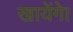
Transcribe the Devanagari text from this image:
खायेंगे।